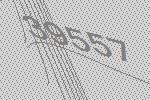
39557